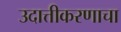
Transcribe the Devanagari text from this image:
उदात्तीकरणाचा